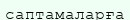
саптамаларға